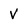
Character: V